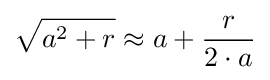
{\sqrt {a^{2}+r}}\approx a+{\frac {r}{2\cdot a}}